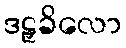
ဒဠှခိလော